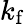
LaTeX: k_{\mathrm{f}}